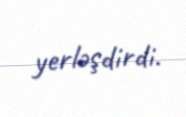
yerləşdirdi.